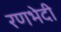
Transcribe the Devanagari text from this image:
रणभेदी